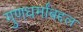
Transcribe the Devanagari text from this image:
गुणधर्मांबद्दल